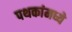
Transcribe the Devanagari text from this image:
पथकांमध्ये